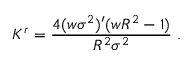
K ^ { r } = \frac { 4 ( w \sigma ^ { 2 } ) ^ { \prime } ( w R ^ { 2 } - 1 ) } { R ^ { 2 } \sigma ^ { 2 } } \; .